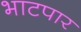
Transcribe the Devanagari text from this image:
भाटपार